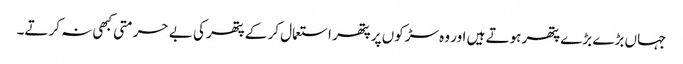
جہاں بڑے بڑے پتھر ہوتے ہیں اور وہ سڑکوں پر پتھر استعمال کر کے پتھر کی بے حرمتی کبھی نہ کرتے۔